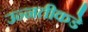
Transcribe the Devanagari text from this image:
उन्‍नतीकडे